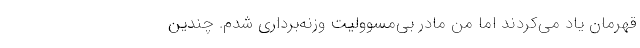
قهرمان یاد می‌کردند اما من مادر بی‌مسوولیت وزنه‌برداری شدم. چندین